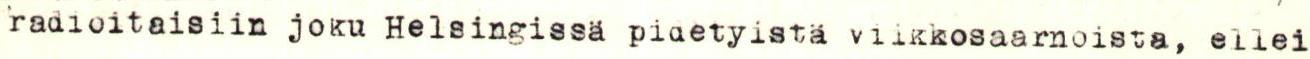
radioitaisiin joku Helsingissä pidetyistä viikkosaarnoista, ellei